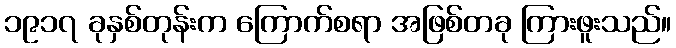
၁၉၁၇ ခုနှစ်တုန်းက ကြောက်စရာ အဖြစ်တခု ကြားဖူးသည်။